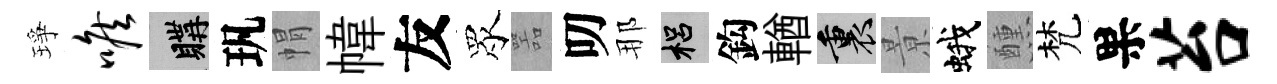
琤喉購㺬㡌幃友眾噐叨那梠鈎輶裏㬌蛾醺梵果苔